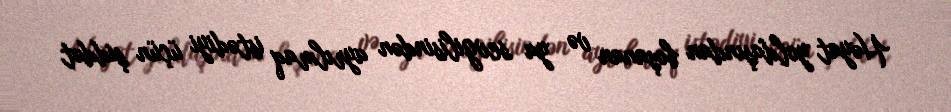
Həyat yoldaşından boşanan və ya sevgilisindən ayrılmaq istədiyi üçün şiddət